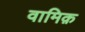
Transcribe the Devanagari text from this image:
वामिक़